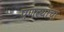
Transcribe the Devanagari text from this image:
पणत्यांचा